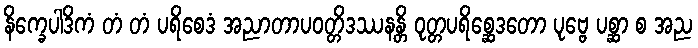
နိက္ခေပါဒိကံ တံ တံ ပရိစေဒံ အညာတာပဝတ္တိဒဿနန္တိ ဝုတ္တပရိစ္ဆေဒတော ပုဗ္ဗေ ပစ္ဆာ စ အည